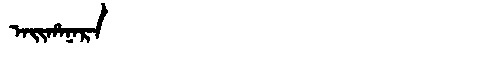
Manchu: ᠠᡳᡥᠠᠨᠠᡵᠠ
Romanization: AIHANARA